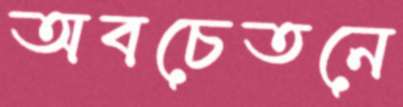
অবচেতনে